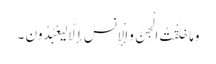
وَمَا خَلَقْتُ الْجِنَّ وَالْإِنسَ إِلَّا لِیَعْبُدُونِ ۔